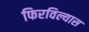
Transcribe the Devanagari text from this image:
फिरविल्यास